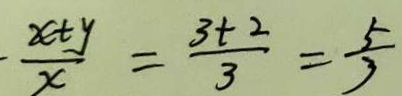
\frac { x + y } { x } = \frac { 3 + 2 } { 3 } = \frac { 5 } { 3 }